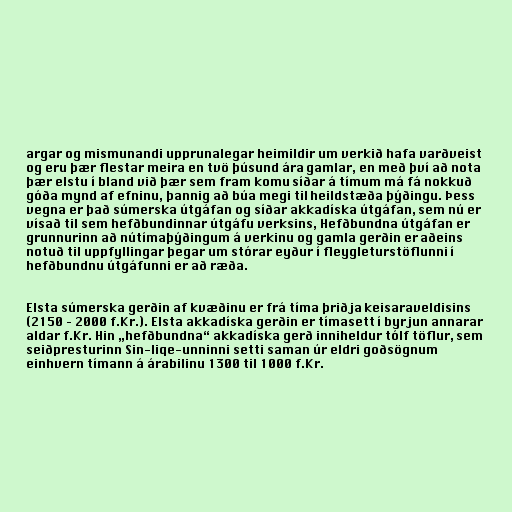
argar og mismunandi upprunalegar heimildir um verkið hafa varðveist
og eru þær flestar meira en tvö þúsund ára gamlar, en með því að nota
þær elstu í bland við þær sem fram komu síðar á tímum má fá nokkuð
góða mynd af efninu, þannig að búa megi til heildstæða þýðingu. Þess
vegna er það súmerska útgáfan og síðar akkadíska útgáfan, sem nú er
vísað til sem hefðbundinnar útgáfu verksins, Hefðbundna útgáfan er
grunnurinn að nútímaþýðingum á verkinu og gamla gerðin er aðeins
notuð til uppfyllingar þegar um stórar eyður í fleygleturstöflunni í
hefðbundnu útgáfunni er að ræða.

Elsta súmerska gerðin af kvæðinu er frá tíma þriðja keisaraveldisins
(2150 – 2000 f.Kr.). Elsta akkadíska gerðin er tímasett í byrjun annarar
aldar f.Kr. Hin „hefðbundna“ akkadíska gerð inniheldur tólf töflur, sem
seiðpresturinn Sin-liqe-unninni setti saman úr eldri goðsögnum
einhvern tímann á árabilinu 1300 til 1000 f.Kr.